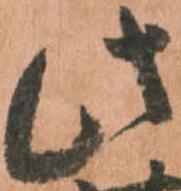
此